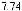
7.74